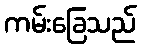
ကမ်းခြေသည်